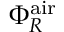
\Phi _ { R } ^ { \mathrm { a i r } }